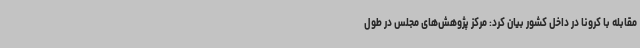
مقابله با کرونا در داخل کشور بیان کرد: مرکز پژوهش‌های مجلس در طول